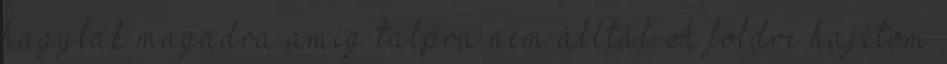
hagylak magadra amíg talpra nem álltál A földre hajítom